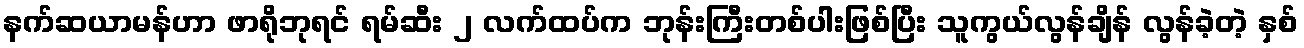
နက်ဆယာမန်ဟာ ဖာရိုဘုရင် ရမ်ဆီး ၂ လက်ထပ်က ဘုန်းကြီးတစ်ပါးဖြစ်ပြီး သူကွယ်လွန်ချိန် လွန်ခဲ့တဲ့ နှစ်